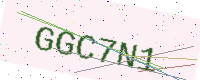
Text: GGC7N1